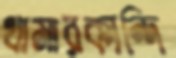
খামারকান্দি